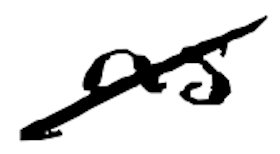
Text: as
Cross-out: diagonal
Writing tool: digital_black